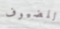
للضيوف